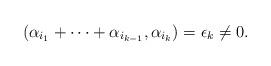
LaTeX: \begin{align*}(\alpha_{i_1}+\cdots+\alpha_{i_{k-1}}, \alpha_{i_{k}})=\epsilon_k\neq 0.\end{align*}